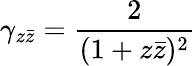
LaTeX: \gamma_{z\bar{z}}=\frac{2}{(1+z\bar{z})^{2}}